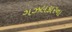
ગઝલકારના